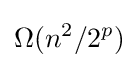
\Omega (n^{2}/2^{p})